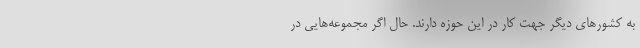
به کشورهای دیگر جهت کار در این حوزه دارند. حال اگر مجموعه‌هایی در